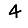
Digit: 4